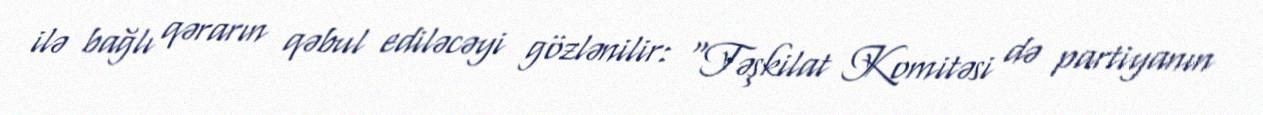
ilə bağlı qərarın qəbul ediləcəyi gözlənilir: “Təşkilat Komitəsi də partiyanın